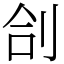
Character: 㓣